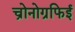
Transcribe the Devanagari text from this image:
च्रोनोग्रफिई